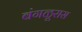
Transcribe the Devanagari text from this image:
बंगळूरास